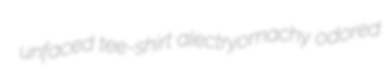
unfaced tee-shirt alectryomachy odored